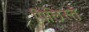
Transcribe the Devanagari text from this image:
पिलिस्ते